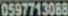
0597713088